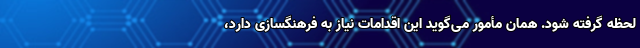
لحظه گرفته شود. همان مأمور می‌گوید این اقدامات نیاز به فرهنگسازی دارد،